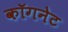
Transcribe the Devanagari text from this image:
कॉगनेट